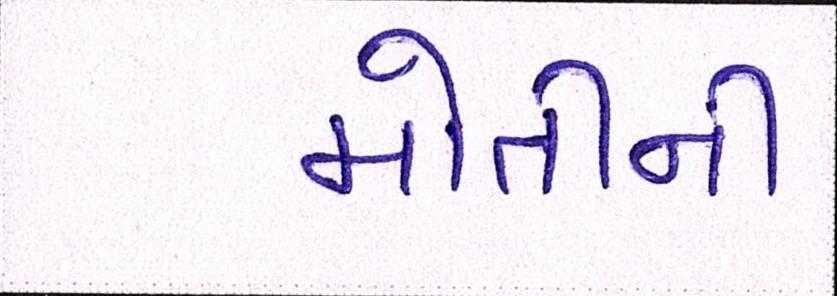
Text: મોતીની